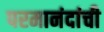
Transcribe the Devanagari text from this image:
परमानंदांची